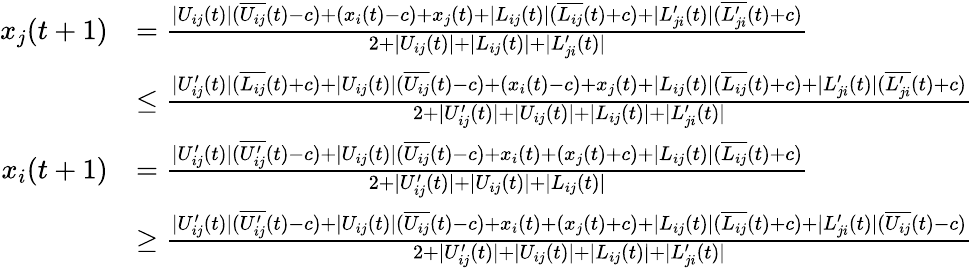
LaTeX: \begin{array}{rl}{x_{j}(t+1)}&{=\frac{|U_{ij}(t)|(\overline{{U_{ij}}}(t)-c)+(x_{i}(t)-c)+x_{j}(t)+|L_{ij}(t)|(\overline{{L_{ij}}}(t)+c)+|L_{ji}^{\prime}(t)|(\overline{{L_{ji}^{\prime}}}(t)+c)}{2+|U_{ij}(t)|+|L_{ij}(t)|+|L_{ji}^{\prime}(t)|}}\\ &{\leq\frac{|U_{ij}^{\prime}(t)|(\overline{{L_{ij}}}(t)+c)+|U_{ij}(t)|(\overline{{U_{ij}}}(t)-c)+(x_{i}(t)-c)+x_{j}(t)+|L_{ij}(t)|(\overline{{L_{ij}}}(t)+c)+|L_{ji}^{\prime}(t)|(\overline{{L_{ji}^{\prime}}}(t)+c)}{2+|U_{ij}^{\prime}(t)|+|U_{ij}(t)|+|L_{ij}(t)|+|L_{ji}^{\prime}(t)|}}\\ {x_{i}(t+1)}&{=\frac{|U_{ij}^{\prime}(t)|(\overline{{U_{ij}^{\prime}}}(t)-c)+|U_{ij}(t)|(\overline{{U_{ij}}}(t)-c)+x_{i}(t)+(x_{j}(t)+c)+|L_{ij}(t)|(\overline{{L_{ij}}}(t)+c)}{2+|U_{ij}^{\prime}(t)|+|U_{ij}(t)|+|L_{ij}(t)|}}\\ &{\geq\frac{|U_{ij}^{\prime}(t)|(\overline{{U_{ij}^{\prime}}}(t)-c)+|U_{ij}(t)|(\overline{{U_{ij}}}(t)-c)+x_{i}(t)+(x_{j}(t)+c)+|L_{ij}(t)|(\overline{{L_{ij}}}(t)+c)+|L_{ji}^{\prime}(t)|(\overline{{U_{ij}}}(t)-c)}{2+|U_{ij}^{\prime}(t)|+|U_{ij}(t)|+|L_{ij}(t)|+|L_{ji}^{\prime}(t)|}}\end{array}